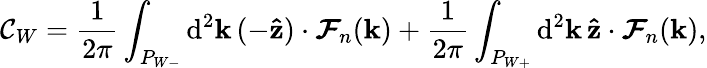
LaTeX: \mathcal{C}_{W}=\frac{1}{2\pi}\int_{P_{W-}}\mathrm{d}^{2}\textbf{k}\, (-\mathbf{\hat{z}})\cdot\boldsymbol{\mathcal{F}}_{n}(\textbf{k})+\frac{1}{2\pi}\int_{P_{W+}}\mathrm{d}^{2}\textbf{k}\, \mathbf{\hat{z}}\cdot\boldsymbol{\mathcal{F}}_{n}(\textbf{k}),